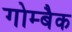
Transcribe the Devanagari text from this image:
गोम्बैक